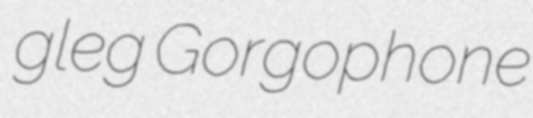
gleg Gorgophone